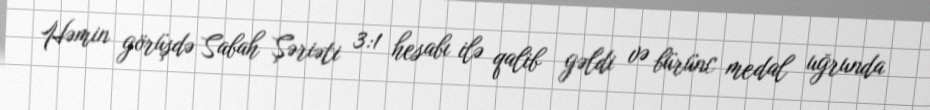
Həmin görüşdə Sabah Şəriəti 3:1 hesabı ilə qalib gəldi və bürünc medal uğrunda